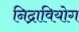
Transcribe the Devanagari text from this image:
निद्रावियोग